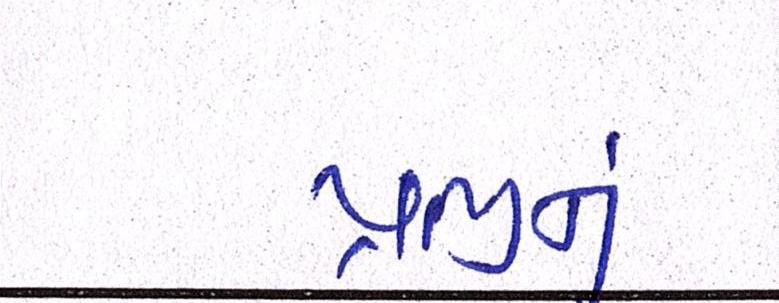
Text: પ્રભુનું